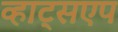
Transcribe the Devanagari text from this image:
व्हाट्सएप